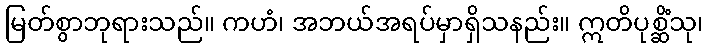
မြတ်စွာဘုရားသည်။ ကဟံ၊ အဘယ်အရပ်မှာရှိသနည်း။ ဣတိပုစ္ဆိံသု၊